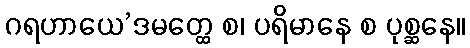
ဂရဟာယေ’ဒမတ္ထေ စ၊ ပရိမာနေ စ ပုစ္ဆနေ။